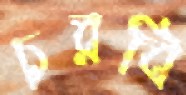
চরবি